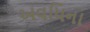
અવધિના